Plague in India, 1896, 1897 - Volume 2
Year: 1896
Disease focus: Plague
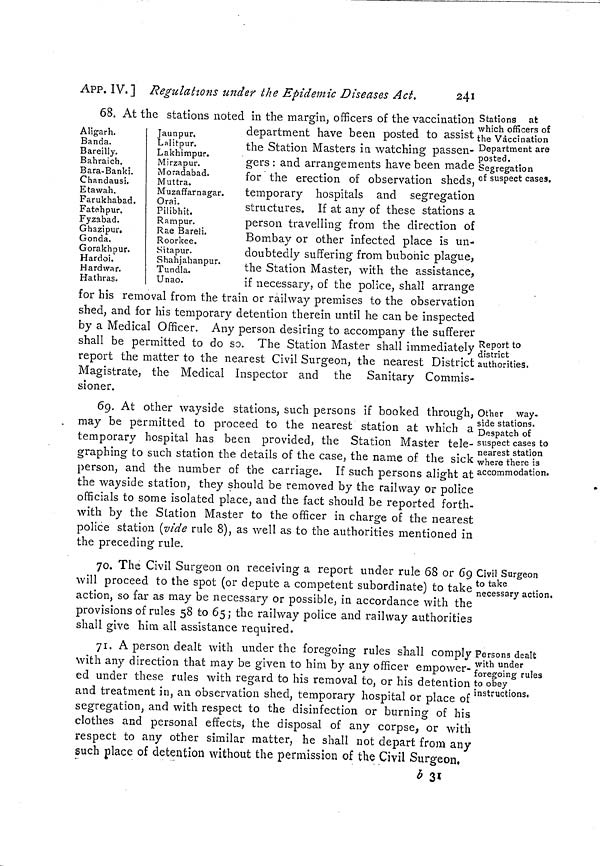
24l
APP. IV. J Regulations tinder the Epidemic Diseases Act.
Stations at
which officers of
the Vaccination
Department are
posted.
Segregation
of suspect cases.
Aligarh.
Banda.
Bareilly.
Bahraich.
Bara-Banki.
Chandausi.
Etavvah.
Farukhabad.
Fatehpur.
Fyzabad.
Ghazipur.
Gonda.
Gorakhpur.
Hardoi.
H ardwar.
Hathras.
Jaunpur.
Lalitpur.
Lakhimpur.
Mirzapur.
Moradabad.
Muttra.
Muzaffarnagar.
Orai.
Pilibhit.
R am pur.
Rae Bareli.
Roorkee.
Sitapur.
Shahjahanpur.
Tundía.
Unao.
Report to
district
authorities,
68. At the stations noted in the margin, officers of the vaccination
department have been posted to assist
the Station Masters ia watching passen-
gers : and arrangements have been made
for the erection of observation sheds,
temporary hospitals and segregation
structures. If at any of these stations a
person travelling from the direction of
Bombay or other infected place is un-
doubtedly suffering from bubonic plague,
the Station Master, with the assistance,
if necessary, of the police, shall arrange
for his removal from the train or railway premises to the observation
shed, and for his temporary detention therein until he can be inspected
by a Medical Officer. Any person desiring to accompany the sufferer
shall be permitted to do so. The Station Master shall immediately
report the matter to the nearest Civil Surgeon, the nearest District
Magistrate, the Medical Inspector and the Sanitary Commis-
sioner.
Other way.
side stations.
Despatch of
suspect cases to
nearest station
where there is
accommodation.
69. At other wayside stations, such persons if booked through,
may be permitted to proceed to the nearest station at which a
temporary hospital has been provided, the Station Master tele-
graphing to such station the details of the case, the name of the sick ,
person, and the number of the carriage. If such persons alight at
the wayside station, they should be removed by the railway or police
officials to some isolated place, and the fact should be reported forth-
with by the Station Master to the officer in charge of the nearest
police station (vide rule 8), as well as to the authorities mentioned in
the preceding rule.
Civil Surgeon
to take
necessary action.
70. The Civil Surgeon on receiving a report under rule 68 or 69
will proceed to the spot (or depute a competent subordinate) to take
action, so far as may be necessary or possible, in accordance with the
provisions of rules 58 to 65; the railway police and railway authorities
shall give him all assistance required.
Persons dealt
with under
foregoing rules
to obey
instructions.
71. A person dealt with under the foregoing rules shall comply
with any direction that may be given to him by any officer empower-
ed under these rules with regard to his removal to, or his detention
and treatment in, an observation shed, temporary hospital or place of
segregation, and with respect to the disinfection or burning of his
clothes and personal effects, the disposal of any corpse, or with
respect to any other similar matter, he shall not depart from any
such place of detention without the permission of the Civil Surgeon,
b 31